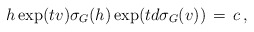
\begin{align*}h\exp(tv)\sigma_G(h)\exp(td\sigma_G(v))\,=\, c\, ,\end{align*}